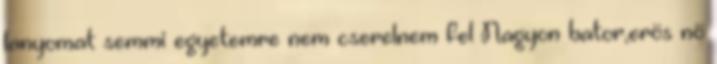
lanyomat semmi egyetemre nem cserelnem fel Nagyon bator,erös nö